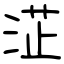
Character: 淽